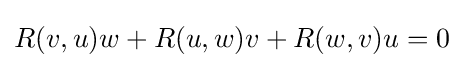
R(v,u)w+R(u,w)v+R(w,v)u=0